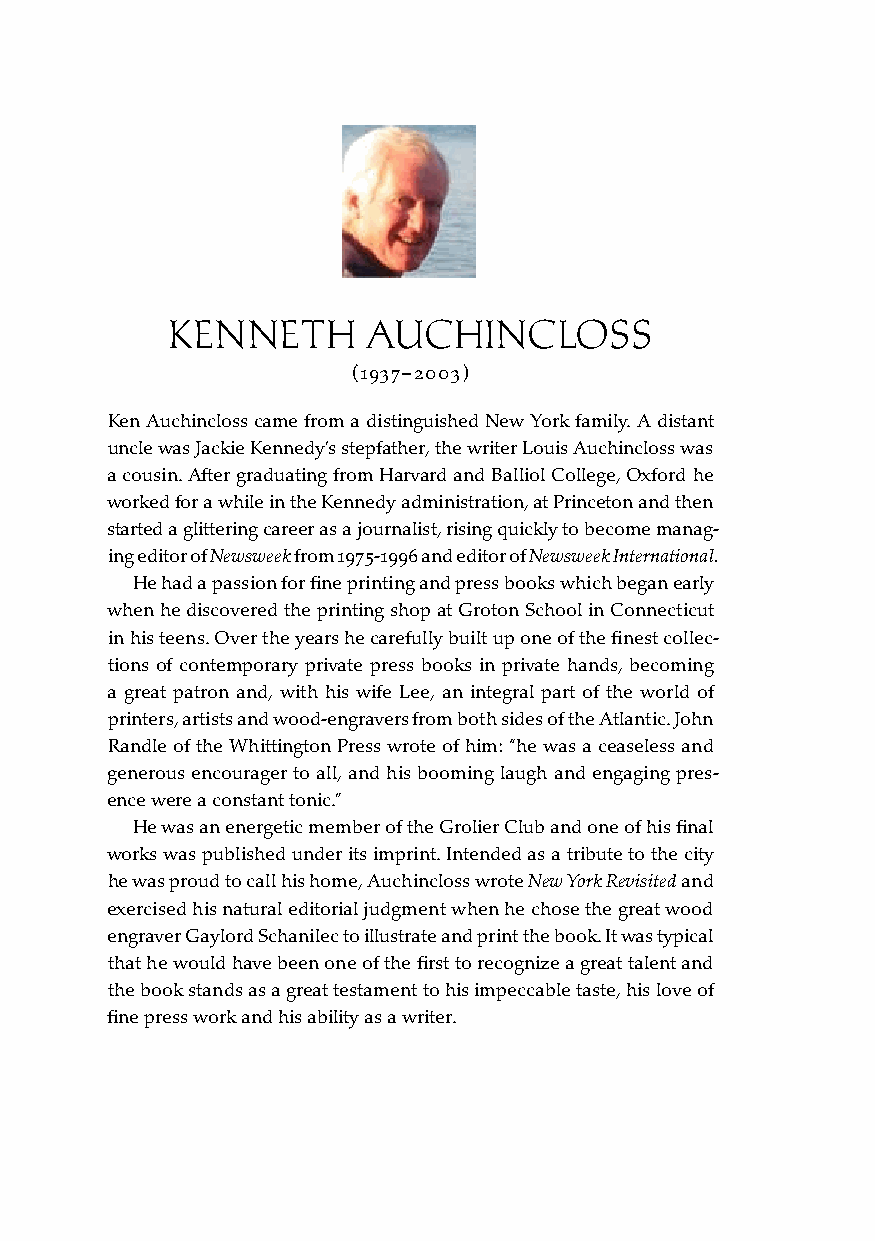
KENNETH      AUCHINCLOSS
 (1937–2003)
 Ken Auchincloss came from a distinguished New York family. A distant
 uncle was Jackie Kennedy’s stepfather, the writer Louis Auchincloss was
 a cousin. After graduating from Harvard and Balliol College, Oxford he
 worked for a while in the Kennedy administration, at Princeton and then
 started a glittering career as a journalist, rising quickly to become manag-
 ing editor of Newsweek from 1975-1996 and editor of Newsweek International.
 He had a passion for fine printing and press books which began early
 when he discovered the printing shop at Groton School in Connecticut
 in his teens. Over the years he carefully built up one of the finest collec-
 tions of contemporary private press books in private hands, becoming
 a great patron and, with his wife Lee, an integral part of the world of
 printers, artists and wood-engravers from both sides of the Atlantic. John
 Randle of the Whittington Press wrote of him: “he was a ceaseless and
 generous encourager to all, and his booming laugh and engaging pres-
 ence were a constant tonic.”
 He was an energetic member of the Grolier Club and one of his final
 works was published under its imprint. Intended as a tribute to the city
 he was proud to call his home, Auchincloss wrote New York Revisited and
 exercised his natural editorial judgment when he chose the great wood
 engraver Gaylord Schanilec to illustrate and print the book. It was typical
 that he would have been one of the first to recognize a great talent and
 the book stands as a great testament to his impeccable taste, his love of
 fine press work and his ability as a writer.